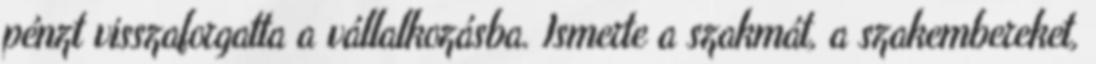
pénzt visszaforgatta a vállalkozásba. Ismerte a szakmát, a szakembereket,